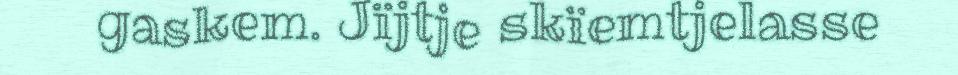
gaskem. Jïjtje skïemtjelasse